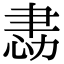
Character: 𢙻